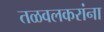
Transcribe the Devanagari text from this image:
तळवलकरांना